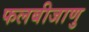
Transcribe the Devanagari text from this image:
फलबीजाणु